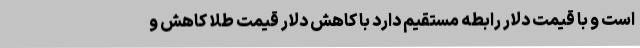
است و با قیمت دلار رابطه مستقیم دارد با کاهش دلار قیمت طلا کاهش و